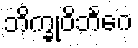
ဘိက္ခုဝိဘင်္ဂေ